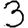
Digit: 3